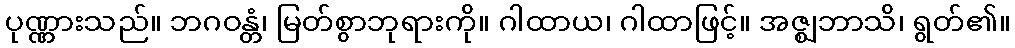
ပုဏ္ဏားသည်။ ဘဂဝန္တံ၊ မြတ်စွာဘုရားကို။ ဂါထာယ၊ ဂါထာဖြင့်။ အဇ္ဈဘာသိ၊ ရွတ်၏။